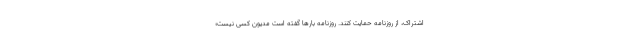
اشتراک، از روزنامه حمایت کنند. روزنامه بارها گفته است مدیون کسی نیست؛